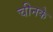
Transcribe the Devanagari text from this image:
चीनके